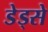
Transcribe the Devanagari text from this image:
डेड्से